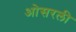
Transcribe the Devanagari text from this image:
ओसरली